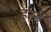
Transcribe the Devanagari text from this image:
हर्स्ट